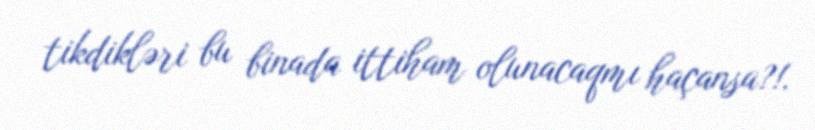
tikdikləri bu binada ittiham olunacaqmı haçansa?!.